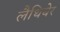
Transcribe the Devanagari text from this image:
लैथियेर